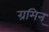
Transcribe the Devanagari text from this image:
ग्रमिन्